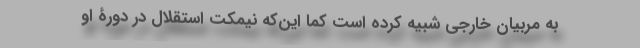
به مربیان خارجی شبیه کرده است کما این‌که نیمکت استقلال در دورۀ او